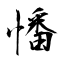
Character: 憣